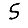
Digit: 5